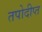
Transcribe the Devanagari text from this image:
तपोदीप्त